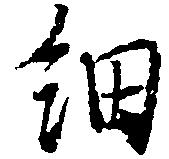
細